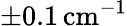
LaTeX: \pm 0.1\, \mathrm{cm^{-1}}